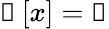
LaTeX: \boldsymbol{\mathscr{g}}\left[\mathcal{x}\right]=\boldsymbol{\mathscr{x}}